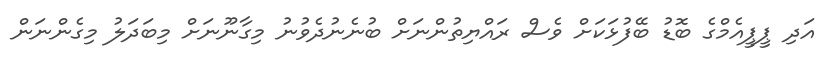
އަދި ޕީޕީއެމްގެ ބޮޑު ބޭފުޅަަކަށް ވެސް ރައްޔިތުންނަށް ބުނެނުދެވުނު މިގާނޫނަށް މިބަދަލު މިގެންނަން